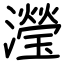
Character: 瀅